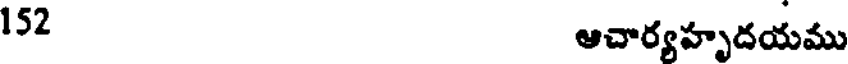
152 ఆచార్యహృదయము